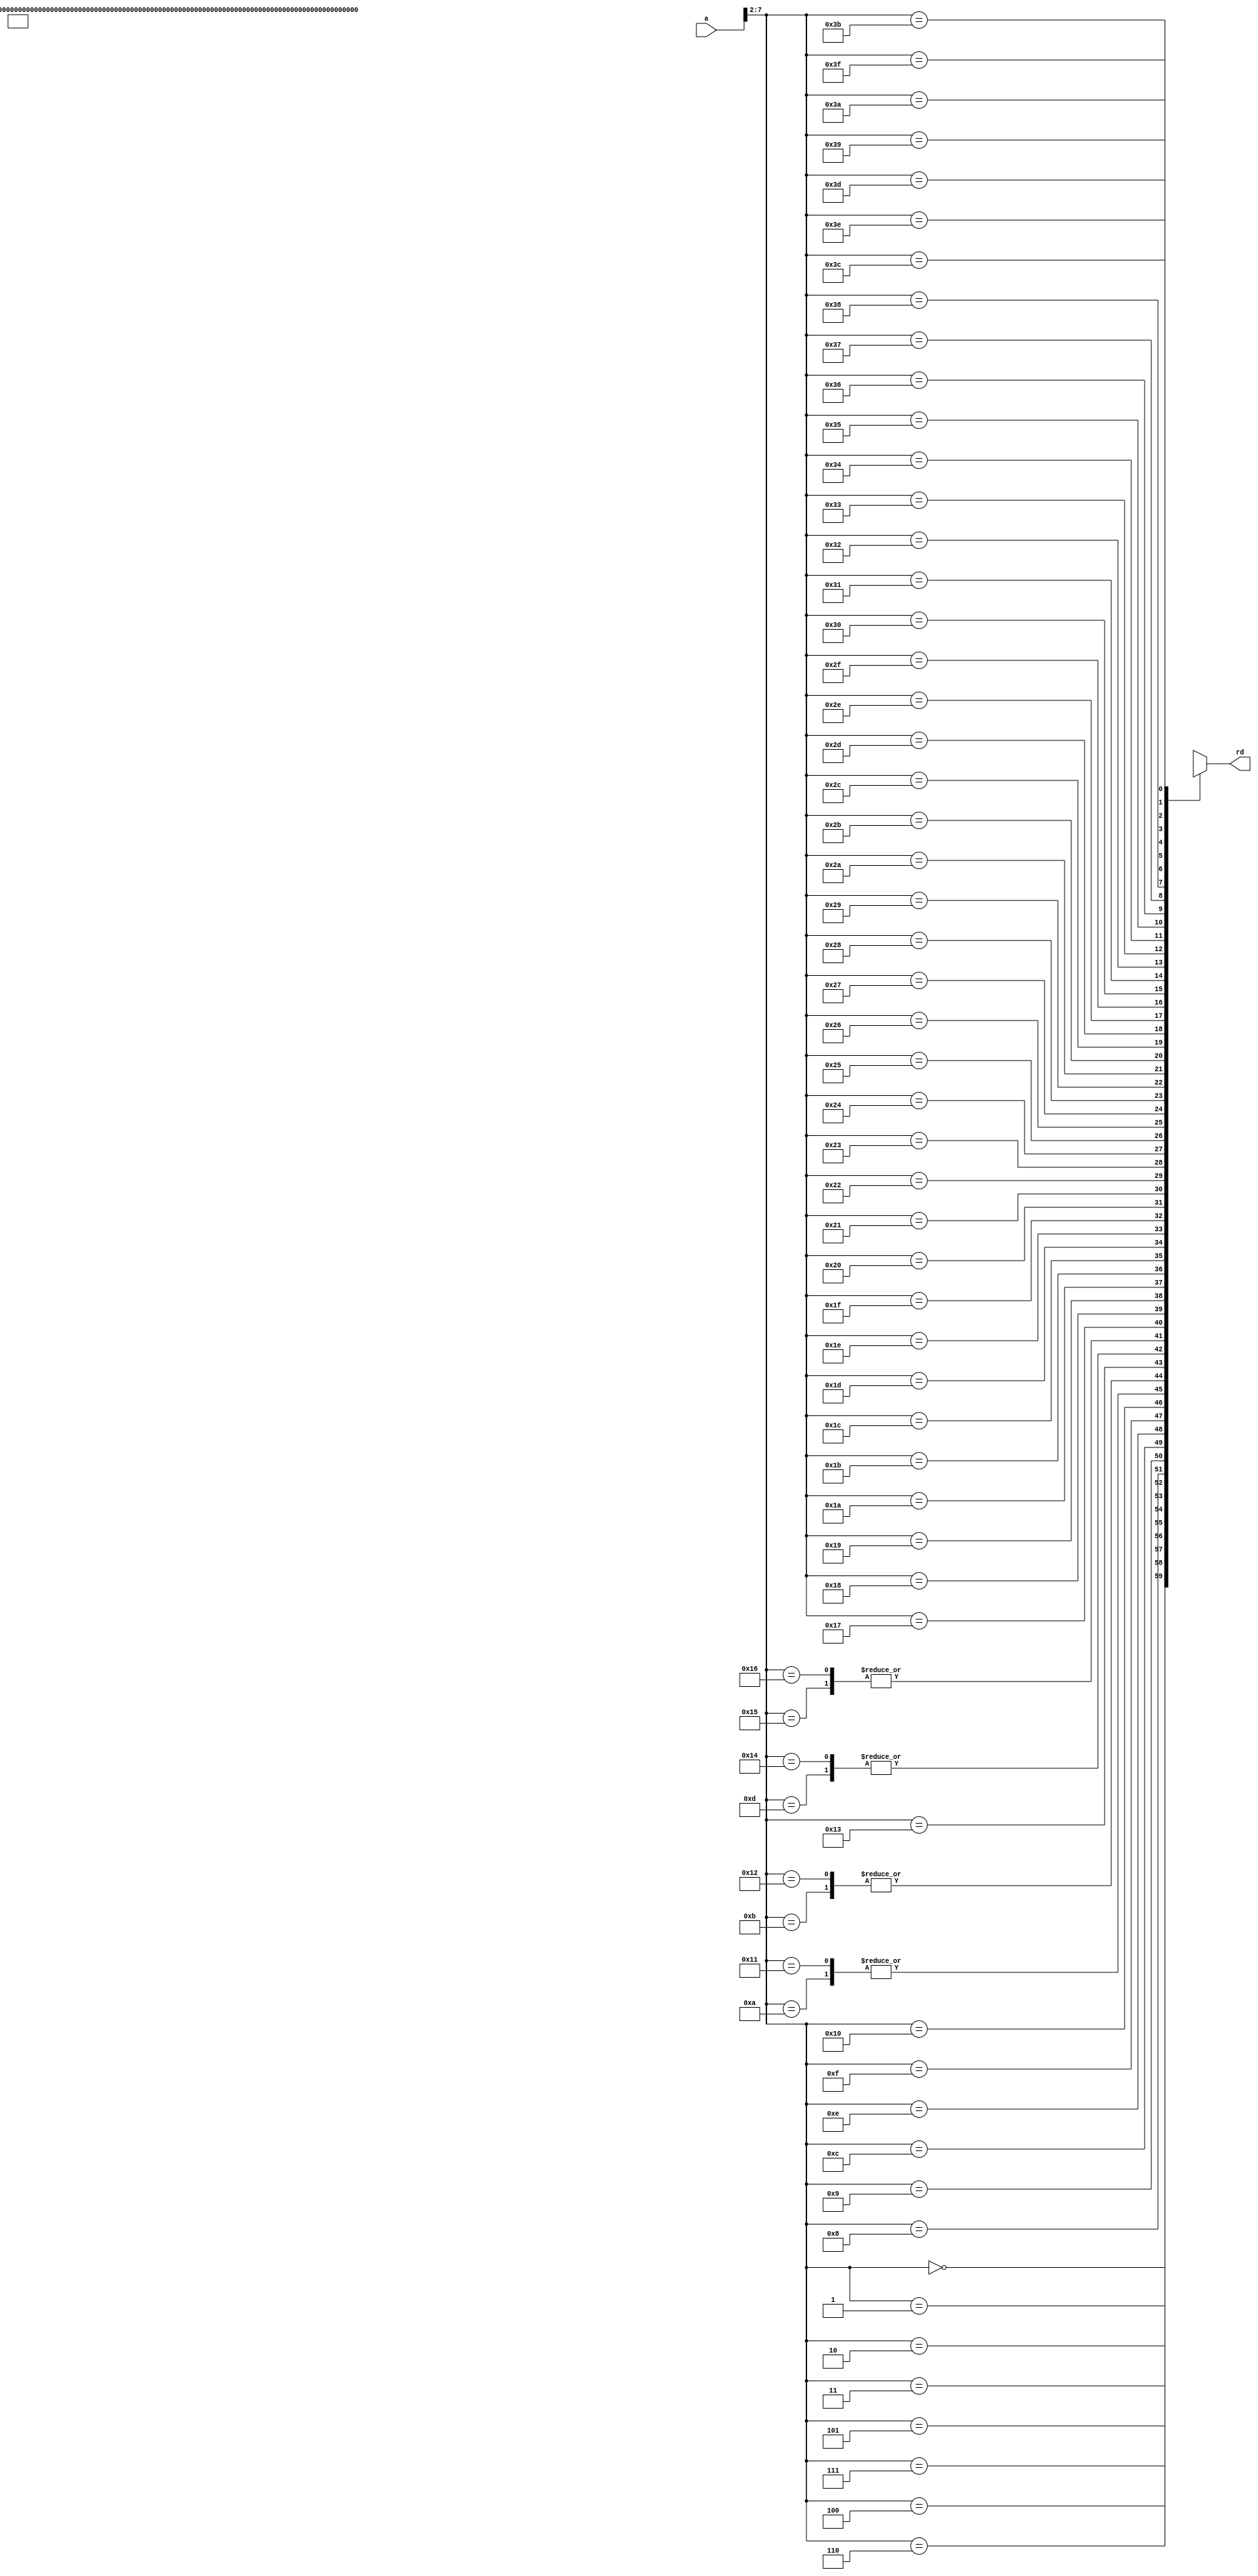
module imem(
	input		[31:0]	a,
	output wire [31:0]	rd
);

	reg [31:0] RAM[63:0];

	assign rd = RAM[a[31:2]]; // word aligned

`ifndef SIM_ON_IVERILOG
	always @(*) begin
`ifdef USE_ROTATING_LEDS_EXAMPLE
		RAM[0]  = 32'h7FF00F13;
		RAM[1]  = 32'h01EF0F33;
		RAM[2]  = 32'h01EF0F33;
		RAM[3]  = 32'h01EF0F33;
		RAM[4]  = 32'h01EF0F33;
		RAM[5]  = 32'h01EF0F33;
		RAM[6]  = 32'h01EF0F33;
		RAM[7]  = 32'h01EF0F33;
		RAM[8]  = 32'h01EF0F33;
		RAM[9]  = 32'h01EF0F33;
		RAM[10] = 32'h01EF0F33;
		RAM[11] = 32'h01EF0F33;
		RAM[12] = 32'h01EF0F33;
		RAM[13] = 32'h01EF0F33;
		RAM[14] = 32'h10000f93;
		RAM[15] = 32'h00100e93;
		RAM[16] = 32'h00000e13;
		RAM[17] = 32'h001E0E13;
		RAM[18] = 32'h01EE0463;
		RAM[19] = 32'hFF9FF06F;
		RAM[20] = 32'h01DE8EB3;
		RAM[21] = 32'hFFFE84E3;
		RAM[22] = 32'hFE9FF06F;
`else /* Use USE_DOUBLE_SIDE_ROTATING_LEDS_EXAMPLE */
		RAM[0]  = 32'h7FF00F13;
		RAM[1]  = 32'h00D00E13;
		RAM[2]  = 32'h00000293;
		RAM[3]  = 32'h00128293;
		RAM[4]  = 32'h001F3F13;
		RAM[5]  = 32'h005E0463;
		RAM[6]  = 32'hFF5FF06F;
		RAM[7]  = 32'h10000F93;
		RAM[8]  = 32'h00100093;
		RAM[9]  = 32'h00100E93;
		RAM[10] = 32'h00000E13;
		RAM[11] = 32'h001E0E13;
		RAM[12] = 32'h01EE0463;
		RAM[13] = 32'hFF9FF06F;
		RAM[14] = 32'h001EBE93;
		RAM[15] = 32'h01FE8C63;
		RAM[16] = 32'hFE9FF06F;
		RAM[17] = 32'h00000E13;
		RAM[18] = 32'h001E0E13;
		RAM[19] = 32'h01EE0663;
		RAM[20] = 32'hFF9FF06F;
		RAM[21] = 32'h001ECE93;
		RAM[22] = 32'h001ECE93;
		RAM[23] = 32'hFC1E84E3;
		RAM[24] = 32'hFE5FF06F;
`endif /* USE_ROTATING_LEDS_EXAMPLE */
	end
`endif /* SIM_ON_IVERILOG */

endmodule